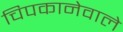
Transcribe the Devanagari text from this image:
चिपकानेवाले